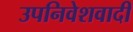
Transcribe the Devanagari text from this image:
उपनिवेशवादी